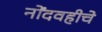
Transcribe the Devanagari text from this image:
नोंदवहीचे